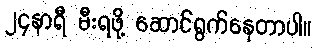
၂၄နာရီ မီးရဖို့ ဆောင်ရွက်နေတာပါ။